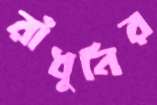
রাঁধুনির